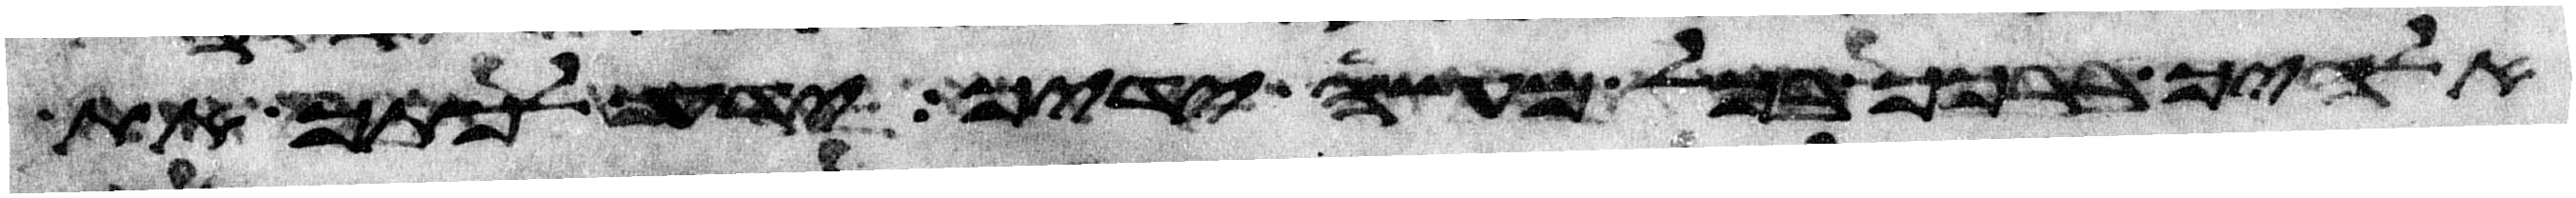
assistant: אלהיך ברכך בכל מעשה ידיך ידע לכתך את